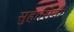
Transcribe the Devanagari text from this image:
सुहासिनीं